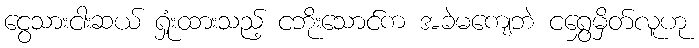
ငွေသားငါးဆယ် ရှုံးထားသည့် ငဘိုးသောင်က အခဲမကျေဘဲ ငရွှေမှိတ်လူဟု